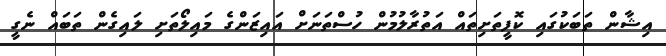
އިޝާން ތަބަކުގައި ކޮފީތަށިތައް އަތުރާލުމުން ހުސްތަނަށް އައިޒަންގެ މައިލޯތަށި ލައިގެން ތަބައް ނެގީ